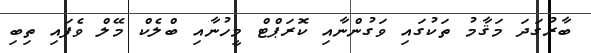
ބާރުގަދަ މަޤާމު ތަކުގައި ވަގުންނާއި ކޮރަޕްޓް މީހުނާއި ބްލެކް މޭލް ވެފައި ތިބި